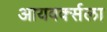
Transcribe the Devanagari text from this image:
आयवर्क्सला